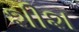
શીશ